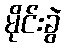
မိုင်းခွဲ